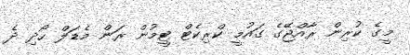
މީގެ ކުރިން ރާއްޖޭގެ ގައުމީ ކްރިކެޓް ޓީމުން ރަން މެޑަލް ހޯދި ދެ